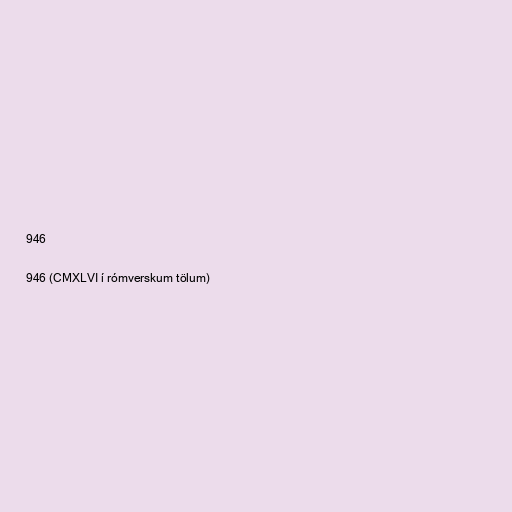
946

946 (CMXLVI í rómverskum tölum)